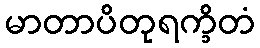
မာတာပိတုရက္ခိတံ